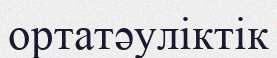
ортатәуліктік